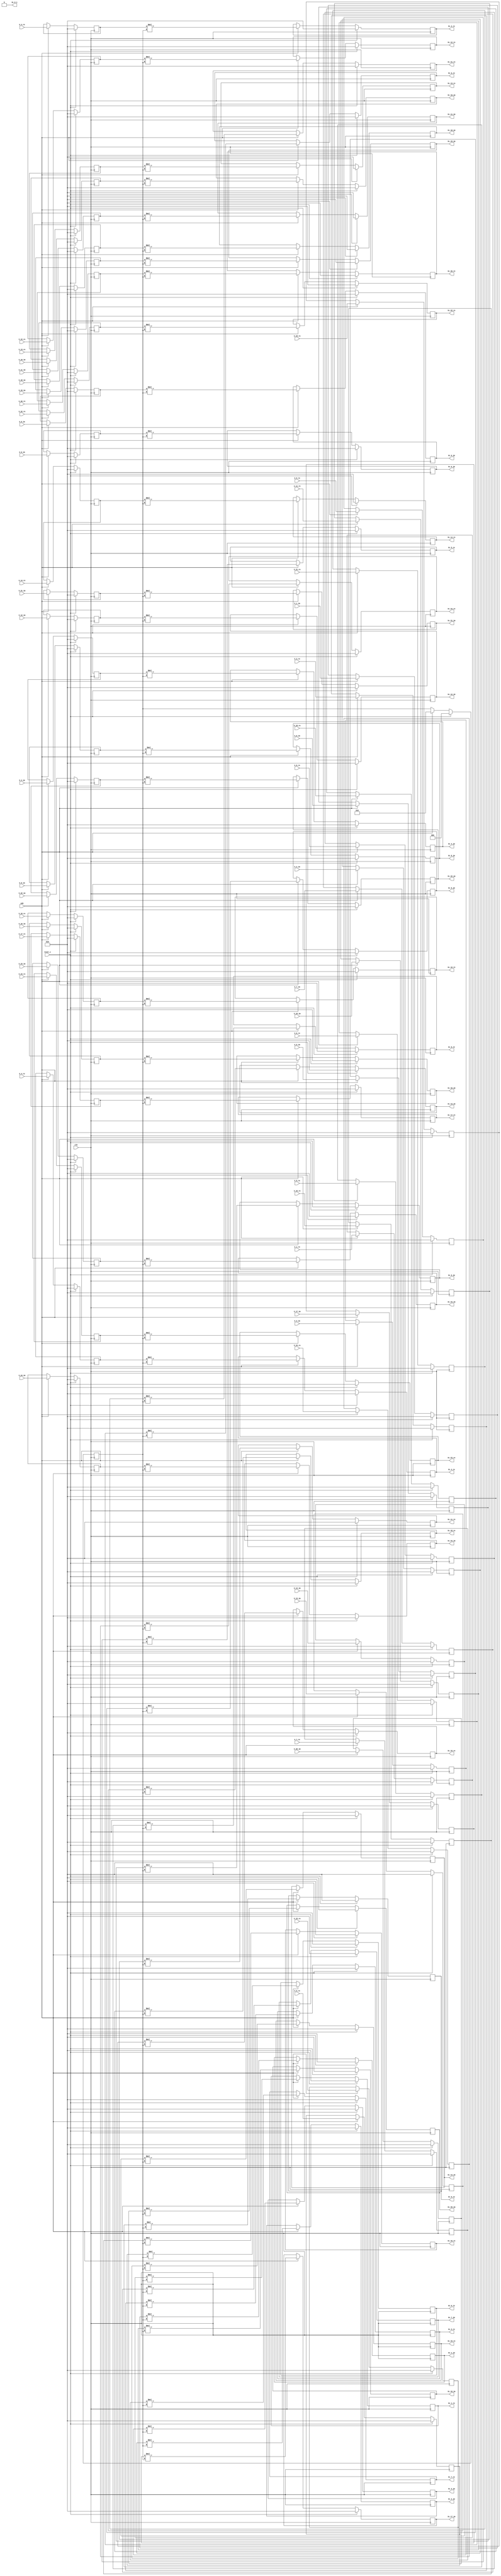
// -------------------------------------------------------------
// 
// 
// Generated by MATLAB 9.8 and HDL Coder 3.16
// 
// -------------------------------------------------------------


// -------------------------------------------------------------
// 
// Module: generating_analytical_spectrum
// Source Path: newhope_cambios/FDHT/generating_analytical_spectrum
// Hierarchy Level: 1
// 
// -------------------------------------------------------------

`timescale 1 ns / 1 ns

module generating_analytical_spectrum
          (clk,
           reset_x,
           enb,
           X_0_re,
           X_0_im,
           X_1_re,
           X_1_im,
           X_2_re,
           X_2_im,
           X_3_re,
           X_3_im,
           X_4_re,
           X_4_im,
           X_5_re,
           X_5_im,
           X_6_re,
           X_6_im,
           X_7_re,
           X_7_im,
           X_8_re,
           X_8_im,
           X_9_re,
           X_9_im,
           X_10_re,
           X_10_im,
           X_11_re,
           X_11_im,
           X_12_re,
           X_12_im,
           X_13_re,
           X_13_im,
           X_14_re,
           X_14_im,
           X_15_re,
           X_15_im,
           X_16_re,
           X_16_im,
           X_17_re,
           X_17_im,
           X_18_re,
           X_18_im,
           X_19_re,
           X_19_im,
           X_20_re,
           X_20_im,
           X_21_re,
           X_21_im,
           X_22_re,
           X_22_im,
           X_23_re,
           X_23_im,
           X_24_re,
           X_24_im,
           Xc_0_re,
           Xc_0_im,
           Xc_1_re,
           Xc_1_im,
           Xc_2_re,
           Xc_2_im,
           Xc_3_re,
           Xc_3_im,
           Xc_4_re,
           Xc_4_im,
           Xc_5_re,
           Xc_5_im,
           Xc_6_re,
           Xc_6_im,
           Xc_7_re,
           Xc_7_im,
           Xc_8_re,
           Xc_8_im,
           Xc_9_re,
           Xc_9_im,
           Xc_10_re,
           Xc_10_im,
           Xc_11_re,
           Xc_11_im,
           Xc_12_re,
           Xc_12_im,
           Xc_13_re,
           Xc_13_im,
           Xc_14_re,
           Xc_14_im,
           Xc_15_re,
           Xc_15_im,
           Xc_16_re,
           Xc_16_im,
           Xc_17_re,
           Xc_17_im,
           Xc_18_re,
           Xc_18_im,
           Xc_19_re,
           Xc_19_im,
           Xc_20_re,
           Xc_20_im,
           Xc_21_re,
           Xc_21_im,
           Xc_22_re,
           Xc_22_im,
           Xc_23_re,
           Xc_23_im,
           Xc_24_re,
           Xc_24_im,
           Xc_0_1);


  input   clk;
  input   reset_x;
  input   enb;
  input   signed [36:0] X_0_re;  // sfix37_En22
  input   signed [36:0] X_0_im;  // sfix37_En22
  input   signed [36:0] X_1_re;  // sfix37_En22
  input   signed [36:0] X_1_im;  // sfix37_En22
  input   signed [36:0] X_2_re;  // sfix37_En22
  input   signed [36:0] X_2_im;  // sfix37_En22
  input   signed [36:0] X_3_re;  // sfix37_En22
  input   signed [36:0] X_3_im;  // sfix37_En22
  input   signed [36:0] X_4_re;  // sfix37_En22
  input   signed [36:0] X_4_im;  // sfix37_En22
  input   signed [36:0] X_5_re;  // sfix37_En22
  input   signed [36:0] X_5_im;  // sfix37_En22
  input   signed [36:0] X_6_re;  // sfix37_En22
  input   signed [36:0] X_6_im;  // sfix37_En22
  input   signed [36:0] X_7_re;  // sfix37_En22
  input   signed [36:0] X_7_im;  // sfix37_En22
  input   signed [36:0] X_8_re;  // sfix37_En22
  input   signed [36:0] X_8_im;  // sfix37_En22
  input   signed [36:0] X_9_re;  // sfix37_En22
  input   signed [36:0] X_9_im;  // sfix37_En22
  input   signed [36:0] X_10_re;  // sfix37_En22
  input   signed [36:0] X_10_im;  // sfix37_En22
  input   signed [36:0] X_11_re;  // sfix37_En22
  input   signed [36:0] X_11_im;  // sfix37_En22
  input   signed [36:0] X_12_re;  // sfix37_En22
  input   signed [36:0] X_12_im;  // sfix37_En22
  input   signed [36:0] X_13_re;  // sfix37_En22
  input   signed [36:0] X_13_im;  // sfix37_En22
  input   signed [36:0] X_14_re;  // sfix37_En22
  input   signed [36:0] X_14_im;  // sfix37_En22
  input   signed [36:0] X_15_re;  // sfix37_En22
  input   signed [36:0] X_15_im;  // sfix37_En22
  input   signed [36:0] X_16_re;  // sfix37_En22
  input   signed [36:0] X_16_im;  // sfix37_En22
  input   signed [36:0] X_17_re;  // sfix37_En22
  input   signed [36:0] X_17_im;  // sfix37_En22
  input   signed [36:0] X_18_re;  // sfix37_En22
  input   signed [36:0] X_18_im;  // sfix37_En22
  input   signed [36:0] X_19_re;  // sfix37_En22
  input   signed [36:0] X_19_im;  // sfix37_En22
  input   signed [36:0] X_20_re;  // sfix37_En22
  input   signed [36:0] X_20_im;  // sfix37_En22
  input   signed [36:0] X_21_re;  // sfix37_En22
  input   signed [36:0] X_21_im;  // sfix37_En22
  input   signed [36:0] X_22_re;  // sfix37_En22
  input   signed [36:0] X_22_im;  // sfix37_En22
  input   signed [36:0] X_23_re;  // sfix37_En22
  input   signed [36:0] X_23_im;  // sfix37_En22
  input   signed [36:0] X_24_re;  // sfix37_En22
  input   signed [36:0] X_24_im;  // sfix37_En22
  output  signed [36:0] Xc_0_re;  // sfix37_En22
  output  signed [36:0] Xc_0_im;  // sfix37_En22
  output  signed [36:0] Xc_1_re;  // sfix37_En22
  output  signed [36:0] Xc_1_im;  // sfix37_En22
  output  signed [36:0] Xc_2_re;  // sfix37_En22
  output  signed [36:0] Xc_2_im;  // sfix37_En22
  output  signed [36:0] Xc_3_re;  // sfix37_En22
  output  signed [36:0] Xc_3_im;  // sfix37_En22
  output  signed [36:0] Xc_4_re;  // sfix37_En22
  output  signed [36:0] Xc_4_im;  // sfix37_En22
  output  signed [36:0] Xc_5_re;  // sfix37_En22
  output  signed [36:0] Xc_5_im;  // sfix37_En22
  output  signed [36:0] Xc_6_re;  // sfix37_En22
  output  signed [36:0] Xc_6_im;  // sfix37_En22
  output  signed [36:0] Xc_7_re;  // sfix37_En22
  output  signed [36:0] Xc_7_im;  // sfix37_En22
  output  signed [36:0] Xc_8_re;  // sfix37_En22
  output  signed [36:0] Xc_8_im;  // sfix37_En22
  output  signed [36:0] Xc_9_re;  // sfix37_En22
  output  signed [36:0] Xc_9_im;  // sfix37_En22
  output  signed [36:0] Xc_10_re;  // sfix37_En22
  output  signed [36:0] Xc_10_im;  // sfix37_En22
  output  signed [36:0] Xc_11_re;  // sfix37_En22
  output  signed [36:0] Xc_11_im;  // sfix37_En22
  output  signed [36:0] Xc_12_re;  // sfix37_En22
  output  signed [36:0] Xc_12_im;  // sfix37_En22
  output  signed [36:0] Xc_13_re;  // sfix37_En22
  output  signed [36:0] Xc_13_im;  // sfix37_En22
  output  signed [36:0] Xc_14_re;  // sfix37_En22
  output  signed [36:0] Xc_14_im;  // sfix37_En22
  output  signed [36:0] Xc_15_re;  // sfix37_En22
  output  signed [36:0] Xc_15_im;  // sfix37_En22
  output  signed [36:0] Xc_16_re;  // sfix37_En22
  output  signed [36:0] Xc_16_im;  // sfix37_En22
  output  signed [36:0] Xc_17_re;  // sfix37_En22
  output  signed [36:0] Xc_17_im;  // sfix37_En22
  output  signed [36:0] Xc_18_re;  // sfix37_En22
  output  signed [36:0] Xc_18_im;  // sfix37_En22
  output  signed [36:0] Xc_19_re;  // sfix37_En22
  output  signed [36:0] Xc_19_im;  // sfix37_En22
  output  signed [36:0] Xc_20_re;  // sfix37_En22
  output  signed [36:0] Xc_20_im;  // sfix37_En22
  output  signed [36:0] Xc_21_re;  // sfix37_En22
  output  signed [36:0] Xc_21_im;  // sfix37_En22
  output  signed [36:0] Xc_22_re;  // sfix37_En22
  output  signed [36:0] Xc_22_im;  // sfix37_En22
  output  signed [36:0] Xc_23_re;  // sfix37_En22
  output  signed [36:0] Xc_23_im;  // sfix37_En22
  output  signed [36:0] Xc_24_re;  // sfix37_En22
  output  signed [36:0] Xc_24_im;  // sfix37_En22
  output  Xc_0_1;  // ufix1


  reg signed [36:0] Product1_C2ReIm_C2ReIm_A;  // sfix37_En22
  wire signed [2:0] Constant1_out1;  // sfix3
  reg signed [2:0] Constant1_out1_1;  // sfix3
  wire signed [39:0] Product1_mul_temp;  // sfix40_En22
  wire signed [36:0] Product1_Re;  // sfix37_En22
  reg signed [36:0] Product1_Re_1;  // sfix37_En22
  reg signed [36:0] Product1_C2ReIm_C2ReIm_B;  // sfix37_En22
  wire signed [39:0] Product11_mul_temp;  // sfix40_En22
  wire signed [36:0] Product1_Im;  // sfix37_En22
  reg signed [36:0] Product1_Im_1;  // sfix37_En22
  reg signed [36:0] Product2_C2ReIm_C2ReIm_A;  // sfix37_En22
  wire signed [39:0] Product2_mul_temp;  // sfix40_En22
  wire signed [36:0] Product2_Re;  // sfix37_En22
  reg signed [36:0] Product2_Re_1;  // sfix37_En22
  reg signed [36:0] Product2_C2ReIm_C2ReIm_B;  // sfix37_En22
  wire signed [39:0] Product21_mul_temp;  // sfix40_En22
  wire signed [36:0] Product2_Im;  // sfix37_En22
  reg signed [36:0] Product2_Im_1;  // sfix37_En22
  reg signed [36:0] Product3_C2ReIm_C2ReIm_A;  // sfix37_En22
  wire signed [39:0] Product3_mul_temp;  // sfix40_En22
  wire signed [36:0] Product3_Re;  // sfix37_En22
  reg signed [36:0] Product3_Re_1;  // sfix37_En22
  reg signed [36:0] Product3_C2ReIm_C2ReIm_B;  // sfix37_En22
  wire signed [39:0] Product31_mul_temp;  // sfix40_En22
  wire signed [36:0] Product3_Im;  // sfix37_En22
  reg signed [36:0] Product3_Im_1;  // sfix37_En22
  reg signed [36:0] Product4_C2ReIm_C2ReIm_A;  // sfix37_En22
  wire signed [39:0] Product4_mul_temp;  // sfix40_En22
  wire signed [36:0] Product4_Re;  // sfix37_En22
  reg signed [36:0] Product4_Re_1;  // sfix37_En22
  reg signed [36:0] Product4_C2ReIm_C2ReIm_B;  // sfix37_En22
  wire signed [39:0] Product41_mul_temp;  // sfix40_En22
  wire signed [36:0] Product4_Im;  // sfix37_En22
  reg signed [36:0] Product4_Im_1;  // sfix37_En22
  reg signed [36:0] Product5_C2ReIm_C2ReIm_A;  // sfix37_En22
  wire signed [39:0] Product5_mul_temp;  // sfix40_En22
  wire signed [36:0] Product5_Re;  // sfix37_En22
  reg signed [36:0] Product5_Re_1;  // sfix37_En22
  reg signed [36:0] Product5_C2ReIm_C2ReIm_B;  // sfix37_En22
  wire signed [39:0] Product51_mul_temp;  // sfix40_En22
  wire signed [36:0] Product5_Im;  // sfix37_En22
  reg signed [36:0] Product5_Im_1;  // sfix37_En22
  reg signed [36:0] Product6_C2ReIm_C2ReIm_A;  // sfix37_En22
  wire signed [39:0] Product6_mul_temp;  // sfix40_En22
  wire signed [36:0] Product6_Re;  // sfix37_En22
  reg signed [36:0] Product6_Re_1;  // sfix37_En22
  reg signed [36:0] Product6_C2ReIm_C2ReIm_B;  // sfix37_En22
  wire signed [39:0] Product61_mul_temp;  // sfix40_En22
  wire signed [36:0] Product6_Im;  // sfix37_En22
  reg signed [36:0] Product6_Im_1;  // sfix37_En22
  reg signed [36:0] Product7_C2ReIm_C2ReIm_A;  // sfix37_En22
  wire signed [39:0] Product7_mul_temp;  // sfix40_En22
  wire signed [36:0] Product7_Re;  // sfix37_En22
  reg signed [36:0] Product7_Re_1;  // sfix37_En22
  reg signed [36:0] Product7_C2ReIm_C2ReIm_B;  // sfix37_En22
  wire signed [39:0] Product71_mul_temp;  // sfix40_En22
  wire signed [36:0] Product7_Im;  // sfix37_En22
  reg signed [36:0] Product7_Im_1;  // sfix37_En22
  reg signed [36:0] Product8_C2ReIm_C2ReIm_A;  // sfix37_En22
  wire signed [39:0] Product8_mul_temp;  // sfix40_En22
  wire signed [36:0] Product8_Re;  // sfix37_En22
  reg signed [36:0] Product8_Re_1;  // sfix37_En22
  reg signed [36:0] Product8_C2ReIm_C2ReIm_B;  // sfix37_En22
  wire signed [39:0] Product81_mul_temp;  // sfix40_En22
  wire signed [36:0] Product8_Im;  // sfix37_En22
  reg signed [36:0] Product8_Im_1;  // sfix37_En22
  reg signed [36:0] Product9_C2ReIm_C2ReIm_A;  // sfix37_En22
  wire signed [39:0] Product9_mul_temp;  // sfix40_En22
  wire signed [36:0] Product9_Re;  // sfix37_En22
  reg signed [36:0] Product9_Re_1;  // sfix37_En22
  reg signed [36:0] Product9_C2ReIm_C2ReIm_B;  // sfix37_En22
  wire signed [39:0] Product91_mul_temp;  // sfix40_En22
  wire signed [36:0] Product9_Im;  // sfix37_En22
  reg signed [36:0] Product9_Im_1;  // sfix37_En22
  reg signed [36:0] Product10_C2ReIm_C2ReIm_A;  // sfix37_En22
  wire signed [39:0] Product10_mul_temp;  // sfix40_En22
  wire signed [36:0] Product10_Re;  // sfix37_En22
  reg signed [36:0] Product10_Re_1;  // sfix37_En22
  reg signed [36:0] Product10_C2ReIm_C2ReIm_B;  // sfix37_En22
  wire signed [39:0] Product101_mul_temp;  // sfix40_En22
  wire signed [36:0] Product10_Im;  // sfix37_En22
  reg signed [36:0] Product10_Im_1;  // sfix37_En22
  reg signed [36:0] Product11_C2ReIm_C2ReIm_A;  // sfix37_En22
  wire signed [39:0] Product111_mul_temp;  // sfix40_En22
  wire signed [36:0] Product11_Re;  // sfix37_En22
  reg signed [36:0] Product11_Re_1;  // sfix37_En22
  reg signed [36:0] Product11_C2ReIm_C2ReIm_B;  // sfix37_En22
  wire signed [39:0] Product112_mul_temp;  // sfix40_En22
  wire signed [36:0] Product11_Im;  // sfix37_En22
  reg signed [36:0] Product11_Im_1;  // sfix37_En22
  reg signed [36:0] Product12_C2ReIm_C2ReIm_A;  // sfix37_En22
  wire signed [39:0] Product12_mul_temp;  // sfix40_En22
  wire signed [36:0] Product12_Re;  // sfix37_En22
  reg signed [36:0] Product12_Re_1;  // sfix37_En22
  reg signed [36:0] Product12_C2ReIm_C2ReIm_B;  // sfix37_En22
  wire signed [39:0] Product121_mul_temp;  // sfix40_En22
  wire signed [36:0] Product12_Im;  // sfix37_En22
  reg signed [36:0] Product12_Im_1;  // sfix37_En22
  reg signed [36:0] Product13_C2ReIm_C2ReIm_A;  // sfix37_En22
  wire signed [39:0] Product13_mul_temp;  // sfix40_En22
  wire signed [36:0] Product13_Re;  // sfix37_En22
  reg signed [36:0] Product13_Re_1;  // sfix37_En22
  reg signed [36:0] Product13_C2ReIm_C2ReIm_B;  // sfix37_En22
  wire signed [39:0] Product131_mul_temp;  // sfix40_En22
  wire signed [36:0] Product13_Im;  // sfix37_En22
  reg signed [36:0] Product13_Im_1;  // sfix37_En22
  reg signed [36:0] Product14_C2ReIm_C2ReIm_A;  // sfix37_En22
  wire signed [39:0] Product14_mul_temp;  // sfix40_En22
  wire signed [36:0] Product14_Re;  // sfix37_En22
  reg signed [36:0] Product14_Re_1;  // sfix37_En22
  reg signed [36:0] Product14_C2ReIm_C2ReIm_B;  // sfix37_En22
  wire signed [39:0] Product141_mul_temp;  // sfix40_En22
  wire signed [36:0] Product14_Im;  // sfix37_En22
  reg signed [36:0] Product14_Im_1;  // sfix37_En22
  reg signed [36:0] Product15_C2ReIm_C2ReIm_A;  // sfix37_En22
  wire signed [39:0] Product15_mul_temp;  // sfix40_En22
  wire signed [36:0] Product15_Re;  // sfix37_En22
  reg signed [36:0] Product15_Re_1;  // sfix37_En22
  reg signed [36:0] Product15_C2ReIm_C2ReIm_B;  // sfix37_En22
  wire signed [39:0] Product151_mul_temp;  // sfix40_En22
  wire signed [36:0] Product15_Im;  // sfix37_En22
  reg signed [36:0] Product15_Im_1;  // sfix37_En22
  reg signed [36:0] Product16_C2ReIm_C2ReIm_A;  // sfix37_En22
  wire signed [39:0] Product16_mul_temp;  // sfix40_En22
  wire signed [36:0] Product16_Re;  // sfix37_En22
  reg signed [36:0] Product16_Re_1;  // sfix37_En22
  reg signed [36:0] Product16_C2ReIm_C2ReIm_B;  // sfix37_En22
  wire signed [39:0] Product161_mul_temp;  // sfix40_En22
  wire signed [36:0] Product16_Im;  // sfix37_En22
  reg signed [36:0] Product16_Im_1;  // sfix37_En22
  reg signed [36:0] Product17_C2ReIm_C2ReIm_A;  // sfix37_En22
  wire signed [39:0] Product17_mul_temp;  // sfix40_En22
  wire signed [36:0] Product17_Re;  // sfix37_En22
  reg signed [36:0] Product17_Re_1;  // sfix37_En22
  reg signed [36:0] Product17_C2ReIm_C2ReIm_B;  // sfix37_En22
  wire signed [39:0] Product171_mul_temp;  // sfix40_En22
  wire signed [36:0] Product17_Im;  // sfix37_En22
  reg signed [36:0] Product17_Im_1;  // sfix37_En22
  reg signed [36:0] Product18_C2ReIm_C2ReIm_A;  // sfix37_En22
  wire signed [39:0] Product18_mul_temp;  // sfix40_En22
  wire signed [36:0] Product18_Re;  // sfix37_En22
  reg signed [36:0] Product18_Re_1;  // sfix37_En22
  reg signed [36:0] Product18_C2ReIm_C2ReIm_B;  // sfix37_En22
  wire signed [39:0] Product181_mul_temp;  // sfix40_En22
  wire signed [36:0] Product18_Im;  // sfix37_En22
  reg signed [36:0] Product18_Im_1;  // sfix37_En22
  reg signed [36:0] Product19_C2ReIm_C2ReIm_A;  // sfix37_En22
  wire signed [39:0] Product19_mul_temp;  // sfix40_En22
  wire signed [36:0] Product19_Re;  // sfix37_En22
  reg signed [36:0] Product19_Re_1;  // sfix37_En22
  reg signed [36:0] Product19_C2ReIm_C2ReIm_B;  // sfix37_En22
  wire signed [39:0] Product191_mul_temp;  // sfix40_En22
  wire signed [36:0] Product19_Im;  // sfix37_En22
  reg signed [36:0] Product19_Im_1;  // sfix37_En22
  reg signed [36:0] Product20_C2ReIm_C2ReIm_A;  // sfix37_En22
  wire signed [39:0] Product20_mul_temp;  // sfix40_En22
  wire signed [36:0] Product20_Re;  // sfix37_En22
  reg signed [36:0] Product20_Re_1;  // sfix37_En22
  reg signed [36:0] Product20_C2ReIm_C2ReIm_B;  // sfix37_En22
  wire signed [39:0] Product201_mul_temp;  // sfix40_En22
  wire signed [36:0] Product20_Im;  // sfix37_En22
  reg signed [36:0] Product20_Im_1;  // sfix37_En22
  reg signed [36:0] Product21_C2ReIm_C2ReIm_A;  // sfix37_En22
  wire signed [39:0] Product211_mul_temp;  // sfix40_En22
  wire signed [36:0] Product21_Re;  // sfix37_En22
  reg signed [36:0] Product21_Re_1;  // sfix37_En22
  reg signed [36:0] Product21_C2ReIm_C2ReIm_B;  // sfix37_En22
  wire signed [39:0] Product212_mul_temp;  // sfix40_En22
  wire signed [36:0] Product21_Im;  // sfix37_En22
  reg signed [36:0] Product21_Im_1;  // sfix37_En22
  reg signed [36:0] Product22_C2ReIm_C2ReIm_A;  // sfix37_En22
  wire signed [39:0] Product22_mul_temp;  // sfix40_En22
  wire signed [36:0] Product22_Re;  // sfix37_En22
  reg signed [36:0] Product22_Re_1;  // sfix37_En22
  reg signed [36:0] Product22_C2ReIm_C2ReIm_B;  // sfix37_En22
  wire signed [39:0] Product221_mul_temp;  // sfix40_En22
  wire signed [36:0] Product22_Im;  // sfix37_En22
  reg signed [36:0] Product22_Im_1;  // sfix37_En22
  reg signed [36:0] Product23_C2ReIm_C2ReIm_A;  // sfix37_En22
  wire signed [39:0] Product23_mul_temp;  // sfix40_En22
  wire signed [36:0] Product23_Re;  // sfix37_En22
  reg signed [36:0] Product23_Re_1;  // sfix37_En22
  reg signed [36:0] Product23_C2ReIm_C2ReIm_B;  // sfix37_En22
  wire signed [39:0] Product231_mul_temp;  // sfix40_En22
  wire signed [36:0] Product23_Im;  // sfix37_En22
  reg signed [36:0] Product23_Im_1;  // sfix37_En22
  reg signed [36:0] Product24_C2ReIm_C2ReIm_A;  // sfix37_En22
  wire signed [39:0] Product24_mul_temp;  // sfix40_En22
  wire signed [36:0] Product24_Re;  // sfix37_En22
  reg signed [36:0] Product24_Re_1;  // sfix37_En22
  reg signed [36:0] Product24_C2ReIm_C2ReIm_B;  // sfix37_En22
  wire signed [39:0] Product241_mul_temp;  // sfix40_En22
  wire signed [36:0] Product24_Im;  // sfix37_En22
  reg signed [36:0] Product24_Im_1;  // sfix37_En22
  reg signed [36:0] Product25_C2ReIm_C2ReIm_A;  // sfix37_En22
  wire signed [39:0] Product25_mul_temp;  // sfix40_En22
  wire signed [36:0] Product25_Re;  // sfix37_En22
  reg signed [36:0] Product25_Re_1;  // sfix37_En22
  reg signed [36:0] Product25_C2ReIm_C2ReIm_B;  // sfix37_En22
  wire signed [39:0] Product251_mul_temp;  // sfix40_En22
  wire signed [36:0] Product25_Im;  // sfix37_En22
  reg signed [36:0] Product25_Im_1;  // sfix37_En22
  wire Constant2_out1;  // ufix1


  always @(posedge clk)
    begin : HwModeRegister_process
      if (reset_x == 1'b1) begin
        Product1_C2ReIm_C2ReIm_A <= 37'sh0000000000;
      end
      else begin
        if (enb) begin
          Product1_C2ReIm_C2ReIm_A <= X_0_re;
        end
      end
    end



  assign Constant1_out1 = 3'sb010;



  always @(posedge clk)
    begin : reduced_process
      if (reset_x == 1'b1) begin
        Constant1_out1_1 <= 3'sb000;
      end
      else begin
        if (enb) begin
          Constant1_out1_1 <= Constant1_out1;
        end
      end
    end



  assign Product1_mul_temp = Product1_C2ReIm_C2ReIm_A * Constant1_out1_1;
  assign Product1_Re = Product1_mul_temp[36:0];



  always @(posedge clk)
    begin : PipelineRegister_process
      if (reset_x == 1'b1) begin
        Product1_Re_1 <= 37'sh0000000000;
      end
      else begin
        if (enb) begin
          Product1_Re_1 <= Product1_Re;
        end
      end
    end



  assign Xc_0_re = Product1_Re_1;

  always @(posedge clk)
    begin : HwModeRegister2_process
      if (reset_x == 1'b1) begin
        Product1_C2ReIm_C2ReIm_B <= 37'sh0000000000;
      end
      else begin
        if (enb) begin
          Product1_C2ReIm_C2ReIm_B <= X_0_im;
        end
      end
    end



  assign Product11_mul_temp = Product1_C2ReIm_C2ReIm_B * Constant1_out1_1;
  assign Product1_Im = Product11_mul_temp[36:0];



  always @(posedge clk)
    begin : PipelineRegister1_process
      if (reset_x == 1'b1) begin
        Product1_Im_1 <= 37'sh0000000000;
      end
      else begin
        if (enb) begin
          Product1_Im_1 <= Product1_Im;
        end
      end
    end



  assign Xc_0_im = Product1_Im_1;

  always @(posedge clk)
    begin : HwModeRegister44_process
      if (reset_x == 1'b1) begin
        Product2_C2ReIm_C2ReIm_A <= 37'sh0000000000;
      end
      else begin
        if (enb) begin
          Product2_C2ReIm_C2ReIm_A <= X_1_re;
        end
      end
    end



  assign Product2_mul_temp = Product2_C2ReIm_C2ReIm_A * Constant1_out1_1;
  assign Product2_Re = Product2_mul_temp[36:0];



  always @(posedge clk)
    begin : PipelineRegister22_process
      if (reset_x == 1'b1) begin
        Product2_Re_1 <= 37'sh0000000000;
      end
      else begin
        if (enb) begin
          Product2_Re_1 <= Product2_Re;
        end
      end
    end



  assign Xc_1_re = Product2_Re_1;

  always @(posedge clk)
    begin : HwModeRegister46_process
      if (reset_x == 1'b1) begin
        Product2_C2ReIm_C2ReIm_B <= 37'sh0000000000;
      end
      else begin
        if (enb) begin
          Product2_C2ReIm_C2ReIm_B <= X_1_im;
        end
      end
    end



  assign Product21_mul_temp = Product2_C2ReIm_C2ReIm_B * Constant1_out1_1;
  assign Product2_Im = Product21_mul_temp[36:0];



  always @(posedge clk)
    begin : PipelineRegister23_process
      if (reset_x == 1'b1) begin
        Product2_Im_1 <= 37'sh0000000000;
      end
      else begin
        if (enb) begin
          Product2_Im_1 <= Product2_Im;
        end
      end
    end



  assign Xc_1_im = Product2_Im_1;

  always @(posedge clk)
    begin : HwModeRegister72_process
      if (reset_x == 1'b1) begin
        Product3_C2ReIm_C2ReIm_A <= 37'sh0000000000;
      end
      else begin
        if (enb) begin
          Product3_C2ReIm_C2ReIm_A <= X_2_re;
        end
      end
    end



  assign Product3_mul_temp = Product3_C2ReIm_C2ReIm_A * Constant1_out1_1;
  assign Product3_Re = Product3_mul_temp[36:0];



  always @(posedge clk)
    begin : PipelineRegister36_process
      if (reset_x == 1'b1) begin
        Product3_Re_1 <= 37'sh0000000000;
      end
      else begin
        if (enb) begin
          Product3_Re_1 <= Product3_Re;
        end
      end
    end



  assign Xc_2_re = Product3_Re_1;

  always @(posedge clk)
    begin : HwModeRegister74_process
      if (reset_x == 1'b1) begin
        Product3_C2ReIm_C2ReIm_B <= 37'sh0000000000;
      end
      else begin
        if (enb) begin
          Product3_C2ReIm_C2ReIm_B <= X_2_im;
        end
      end
    end



  assign Product31_mul_temp = Product3_C2ReIm_C2ReIm_B * Constant1_out1_1;
  assign Product3_Im = Product31_mul_temp[36:0];



  always @(posedge clk)
    begin : PipelineRegister37_process
      if (reset_x == 1'b1) begin
        Product3_Im_1 <= 37'sh0000000000;
      end
      else begin
        if (enb) begin
          Product3_Im_1 <= Product3_Im;
        end
      end
    end



  assign Xc_2_im = Product3_Im_1;

  always @(posedge clk)
    begin : HwModeRegister76_process
      if (reset_x == 1'b1) begin
        Product4_C2ReIm_C2ReIm_A <= 37'sh0000000000;
      end
      else begin
        if (enb) begin
          Product4_C2ReIm_C2ReIm_A <= X_3_re;
        end
      end
    end



  assign Product4_mul_temp = Product4_C2ReIm_C2ReIm_A * Constant1_out1_1;
  assign Product4_Re = Product4_mul_temp[36:0];



  always @(posedge clk)
    begin : PipelineRegister38_process
      if (reset_x == 1'b1) begin
        Product4_Re_1 <= 37'sh0000000000;
      end
      else begin
        if (enb) begin
          Product4_Re_1 <= Product4_Re;
        end
      end
    end



  assign Xc_3_re = Product4_Re_1;

  always @(posedge clk)
    begin : HwModeRegister78_process
      if (reset_x == 1'b1) begin
        Product4_C2ReIm_C2ReIm_B <= 37'sh0000000000;
      end
      else begin
        if (enb) begin
          Product4_C2ReIm_C2ReIm_B <= X_3_im;
        end
      end
    end



  assign Product41_mul_temp = Product4_C2ReIm_C2ReIm_B * Constant1_out1_1;
  assign Product4_Im = Product41_mul_temp[36:0];



  always @(posedge clk)
    begin : PipelineRegister39_process
      if (reset_x == 1'b1) begin
        Product4_Im_1 <= 37'sh0000000000;
      end
      else begin
        if (enb) begin
          Product4_Im_1 <= Product4_Im;
        end
      end
    end



  assign Xc_3_im = Product4_Im_1;

  always @(posedge clk)
    begin : HwModeRegister80_process
      if (reset_x == 1'b1) begin
        Product5_C2ReIm_C2ReIm_A <= 37'sh0000000000;
      end
      else begin
        if (enb) begin
          Product5_C2ReIm_C2ReIm_A <= X_4_re;
        end
      end
    end



  assign Product5_mul_temp = Product5_C2ReIm_C2ReIm_A * Constant1_out1_1;
  assign Product5_Re = Product5_mul_temp[36:0];



  always @(posedge clk)
    begin : PipelineRegister40_process
      if (reset_x == 1'b1) begin
        Product5_Re_1 <= 37'sh0000000000;
      end
      else begin
        if (enb) begin
          Product5_Re_1 <= Product5_Re;
        end
      end
    end



  assign Xc_4_re = Product5_Re_1;

  always @(posedge clk)
    begin : HwModeRegister82_process
      if (reset_x == 1'b1) begin
        Product5_C2ReIm_C2ReIm_B <= 37'sh0000000000;
      end
      else begin
        if (enb) begin
          Product5_C2ReIm_C2ReIm_B <= X_4_im;
        end
      end
    end



  assign Product51_mul_temp = Product5_C2ReIm_C2ReIm_B * Constant1_out1_1;
  assign Product5_Im = Product51_mul_temp[36:0];



  always @(posedge clk)
    begin : PipelineRegister41_process
      if (reset_x == 1'b1) begin
        Product5_Im_1 <= 37'sh0000000000;
      end
      else begin
        if (enb) begin
          Product5_Im_1 <= Product5_Im;
        end
      end
    end



  assign Xc_4_im = Product5_Im_1;

  always @(posedge clk)
    begin : HwModeRegister84_process
      if (reset_x == 1'b1) begin
        Product6_C2ReIm_C2ReIm_A <= 37'sh0000000000;
      end
      else begin
        if (enb) begin
          Product6_C2ReIm_C2ReIm_A <= X_5_re;
        end
      end
    end



  assign Product6_mul_temp = Product6_C2ReIm_C2ReIm_A * Constant1_out1_1;
  assign Product6_Re = Product6_mul_temp[36:0];



  always @(posedge clk)
    begin : PipelineRegister42_process
      if (reset_x == 1'b1) begin
        Product6_Re_1 <= 37'sh0000000000;
      end
      else begin
        if (enb) begin
          Product6_Re_1 <= Product6_Re;
        end
      end
    end



  assign Xc_5_re = Product6_Re_1;

  always @(posedge clk)
    begin : HwModeRegister86_process
      if (reset_x == 1'b1) begin
        Product6_C2ReIm_C2ReIm_B <= 37'sh0000000000;
      end
      else begin
        if (enb) begin
          Product6_C2ReIm_C2ReIm_B <= X_5_im;
        end
      end
    end



  assign Product61_mul_temp = Product6_C2ReIm_C2ReIm_B * Constant1_out1_1;
  assign Product6_Im = Product61_mul_temp[36:0];



  always @(posedge clk)
    begin : PipelineRegister43_process
      if (reset_x == 1'b1) begin
        Product6_Im_1 <= 37'sh0000000000;
      end
      else begin
        if (enb) begin
          Product6_Im_1 <= Product6_Im;
        end
      end
    end



  assign Xc_5_im = Product6_Im_1;

  always @(posedge clk)
    begin : HwModeRegister88_process
      if (reset_x == 1'b1) begin
        Product7_C2ReIm_C2ReIm_A <= 37'sh0000000000;
      end
      else begin
        if (enb) begin
          Product7_C2ReIm_C2ReIm_A <= X_6_re;
        end
      end
    end



  assign Product7_mul_temp = Product7_C2ReIm_C2ReIm_A * Constant1_out1_1;
  assign Product7_Re = Product7_mul_temp[36:0];



  always @(posedge clk)
    begin : PipelineRegister44_process
      if (reset_x == 1'b1) begin
        Product7_Re_1 <= 37'sh0000000000;
      end
      else begin
        if (enb) begin
          Product7_Re_1 <= Product7_Re;
        end
      end
    end



  assign Xc_6_re = Product7_Re_1;

  always @(posedge clk)
    begin : HwModeRegister90_process
      if (reset_x == 1'b1) begin
        Product7_C2ReIm_C2ReIm_B <= 37'sh0000000000;
      end
      else begin
        if (enb) begin
          Product7_C2ReIm_C2ReIm_B <= X_6_im;
        end
      end
    end



  assign Product71_mul_temp = Product7_C2ReIm_C2ReIm_B * Constant1_out1_1;
  assign Product7_Im = Product71_mul_temp[36:0];



  always @(posedge clk)
    begin : PipelineRegister45_process
      if (reset_x == 1'b1) begin
        Product7_Im_1 <= 37'sh0000000000;
      end
      else begin
        if (enb) begin
          Product7_Im_1 <= Product7_Im;
        end
      end
    end



  assign Xc_6_im = Product7_Im_1;

  always @(posedge clk)
    begin : HwModeRegister92_process
      if (reset_x == 1'b1) begin
        Product8_C2ReIm_C2ReIm_A <= 37'sh0000000000;
      end
      else begin
        if (enb) begin
          Product8_C2ReIm_C2ReIm_A <= X_7_re;
        end
      end
    end



  assign Product8_mul_temp = Product8_C2ReIm_C2ReIm_A * Constant1_out1_1;
  assign Product8_Re = Product8_mul_temp[36:0];



  always @(posedge clk)
    begin : PipelineRegister46_process
      if (reset_x == 1'b1) begin
        Product8_Re_1 <= 37'sh0000000000;
      end
      else begin
        if (enb) begin
          Product8_Re_1 <= Product8_Re;
        end
      end
    end



  assign Xc_7_re = Product8_Re_1;

  always @(posedge clk)
    begin : HwModeRegister94_process
      if (reset_x == 1'b1) begin
        Product8_C2ReIm_C2ReIm_B <= 37'sh0000000000;
      end
      else begin
        if (enb) begin
          Product8_C2ReIm_C2ReIm_B <= X_7_im;
        end
      end
    end



  assign Product81_mul_temp = Product8_C2ReIm_C2ReIm_B * Constant1_out1_1;
  assign Product8_Im = Product81_mul_temp[36:0];



  always @(posedge clk)
    begin : PipelineRegister47_process
      if (reset_x == 1'b1) begin
        Product8_Im_1 <= 37'sh0000000000;
      end
      else begin
        if (enb) begin
          Product8_Im_1 <= Product8_Im;
        end
      end
    end



  assign Xc_7_im = Product8_Im_1;

  always @(posedge clk)
    begin : HwModeRegister96_process
      if (reset_x == 1'b1) begin
        Product9_C2ReIm_C2ReIm_A <= 37'sh0000000000;
      end
      else begin
        if (enb) begin
          Product9_C2ReIm_C2ReIm_A <= X_8_re;
        end
      end
    end



  assign Product9_mul_temp = Product9_C2ReIm_C2ReIm_A * Constant1_out1_1;
  assign Product9_Re = Product9_mul_temp[36:0];



  always @(posedge clk)
    begin : PipelineRegister48_process
      if (reset_x == 1'b1) begin
        Product9_Re_1 <= 37'sh0000000000;
      end
      else begin
        if (enb) begin
          Product9_Re_1 <= Product9_Re;
        end
      end
    end



  assign Xc_8_re = Product9_Re_1;

  always @(posedge clk)
    begin : HwModeRegister98_process
      if (reset_x == 1'b1) begin
        Product9_C2ReIm_C2ReIm_B <= 37'sh0000000000;
      end
      else begin
        if (enb) begin
          Product9_C2ReIm_C2ReIm_B <= X_8_im;
        end
      end
    end



  assign Product91_mul_temp = Product9_C2ReIm_C2ReIm_B * Constant1_out1_1;
  assign Product9_Im = Product91_mul_temp[36:0];



  always @(posedge clk)
    begin : PipelineRegister49_process
      if (reset_x == 1'b1) begin
        Product9_Im_1 <= 37'sh0000000000;
      end
      else begin
        if (enb) begin
          Product9_Im_1 <= Product9_Im;
        end
      end
    end



  assign Xc_8_im = Product9_Im_1;

  always @(posedge clk)
    begin : HwModeRegister4_process
      if (reset_x == 1'b1) begin
        Product10_C2ReIm_C2ReIm_A <= 37'sh0000000000;
      end
      else begin
        if (enb) begin
          Product10_C2ReIm_C2ReIm_A <= X_9_re;
        end
      end
    end



  assign Product10_mul_temp = Product10_C2ReIm_C2ReIm_A * Constant1_out1_1;
  assign Product10_Re = Product10_mul_temp[36:0];



  always @(posedge clk)
    begin : PipelineRegister2_process
      if (reset_x == 1'b1) begin
        Product10_Re_1 <= 37'sh0000000000;
      end
      else begin
        if (enb) begin
          Product10_Re_1 <= Product10_Re;
        end
      end
    end



  assign Xc_9_re = Product10_Re_1;

  always @(posedge clk)
    begin : HwModeRegister6_process
      if (reset_x == 1'b1) begin
        Product10_C2ReIm_C2ReIm_B <= 37'sh0000000000;
      end
      else begin
        if (enb) begin
          Product10_C2ReIm_C2ReIm_B <= X_9_im;
        end
      end
    end



  assign Product101_mul_temp = Product10_C2ReIm_C2ReIm_B * Constant1_out1_1;
  assign Product10_Im = Product101_mul_temp[36:0];



  always @(posedge clk)
    begin : PipelineRegister3_process
      if (reset_x == 1'b1) begin
        Product10_Im_1 <= 37'sh0000000000;
      end
      else begin
        if (enb) begin
          Product10_Im_1 <= Product10_Im;
        end
      end
    end



  assign Xc_9_im = Product10_Im_1;

  always @(posedge clk)
    begin : HwModeRegister8_process
      if (reset_x == 1'b1) begin
        Product11_C2ReIm_C2ReIm_A <= 37'sh0000000000;
      end
      else begin
        if (enb) begin
          Product11_C2ReIm_C2ReIm_A <= X_10_re;
        end
      end
    end



  assign Product111_mul_temp = Product11_C2ReIm_C2ReIm_A * Constant1_out1_1;
  assign Product11_Re = Product111_mul_temp[36:0];



  always @(posedge clk)
    begin : PipelineRegister4_process
      if (reset_x == 1'b1) begin
        Product11_Re_1 <= 37'sh0000000000;
      end
      else begin
        if (enb) begin
          Product11_Re_1 <= Product11_Re;
        end
      end
    end



  assign Xc_10_re = Product11_Re_1;

  always @(posedge clk)
    begin : HwModeRegister10_process
      if (reset_x == 1'b1) begin
        Product11_C2ReIm_C2ReIm_B <= 37'sh0000000000;
      end
      else begin
        if (enb) begin
          Product11_C2ReIm_C2ReIm_B <= X_10_im;
        end
      end
    end



  assign Product112_mul_temp = Product11_C2ReIm_C2ReIm_B * Constant1_out1_1;
  assign Product11_Im = Product112_mul_temp[36:0];



  always @(posedge clk)
    begin : PipelineRegister5_process
      if (reset_x == 1'b1) begin
        Product11_Im_1 <= 37'sh0000000000;
      end
      else begin
        if (enb) begin
          Product11_Im_1 <= Product11_Im;
        end
      end
    end



  assign Xc_10_im = Product11_Im_1;

  always @(posedge clk)
    begin : HwModeRegister12_process
      if (reset_x == 1'b1) begin
        Product12_C2ReIm_C2ReIm_A <= 37'sh0000000000;
      end
      else begin
        if (enb) begin
          Product12_C2ReIm_C2ReIm_A <= X_11_re;
        end
      end
    end



  assign Product12_mul_temp = Product12_C2ReIm_C2ReIm_A * Constant1_out1_1;
  assign Product12_Re = Product12_mul_temp[36:0];



  always @(posedge clk)
    begin : PipelineRegister6_process
      if (reset_x == 1'b1) begin
        Product12_Re_1 <= 37'sh0000000000;
      end
      else begin
        if (enb) begin
          Product12_Re_1 <= Product12_Re;
        end
      end
    end



  assign Xc_11_re = Product12_Re_1;

  always @(posedge clk)
    begin : HwModeRegister14_process
      if (reset_x == 1'b1) begin
        Product12_C2ReIm_C2ReIm_B <= 37'sh0000000000;
      end
      else begin
        if (enb) begin
          Product12_C2ReIm_C2ReIm_B <= X_11_im;
        end
      end
    end



  assign Product121_mul_temp = Product12_C2ReIm_C2ReIm_B * Constant1_out1_1;
  assign Product12_Im = Product121_mul_temp[36:0];



  always @(posedge clk)
    begin : PipelineRegister7_process
      if (reset_x == 1'b1) begin
        Product12_Im_1 <= 37'sh0000000000;
      end
      else begin
        if (enb) begin
          Product12_Im_1 <= Product12_Im;
        end
      end
    end



  assign Xc_11_im = Product12_Im_1;

  always @(posedge clk)
    begin : HwModeRegister16_process
      if (reset_x == 1'b1) begin
        Product13_C2ReIm_C2ReIm_A <= 37'sh0000000000;
      end
      else begin
        if (enb) begin
          Product13_C2ReIm_C2ReIm_A <= X_12_re;
        end
      end
    end



  assign Product13_mul_temp = Product13_C2ReIm_C2ReIm_A * Constant1_out1_1;
  assign Product13_Re = Product13_mul_temp[36:0];



  always @(posedge clk)
    begin : PipelineRegister8_process
      if (reset_x == 1'b1) begin
        Product13_Re_1 <= 37'sh0000000000;
      end
      else begin
        if (enb) begin
          Product13_Re_1 <= Product13_Re;
        end
      end
    end



  assign Xc_12_re = Product13_Re_1;

  always @(posedge clk)
    begin : HwModeRegister18_process
      if (reset_x == 1'b1) begin
        Product13_C2ReIm_C2ReIm_B <= 37'sh0000000000;
      end
      else begin
        if (enb) begin
          Product13_C2ReIm_C2ReIm_B <= X_12_im;
        end
      end
    end



  assign Product131_mul_temp = Product13_C2ReIm_C2ReIm_B * Constant1_out1_1;
  assign Product13_Im = Product131_mul_temp[36:0];



  always @(posedge clk)
    begin : PipelineRegister9_process
      if (reset_x == 1'b1) begin
        Product13_Im_1 <= 37'sh0000000000;
      end
      else begin
        if (enb) begin
          Product13_Im_1 <= Product13_Im;
        end
      end
    end



  assign Xc_12_im = Product13_Im_1;

  always @(posedge clk)
    begin : HwModeRegister20_process
      if (reset_x == 1'b1) begin
        Product14_C2ReIm_C2ReIm_A <= 37'sh0000000000;
      end
      else begin
        if (enb) begin
          Product14_C2ReIm_C2ReIm_A <= X_13_re;
        end
      end
    end



  assign Product14_mul_temp = Product14_C2ReIm_C2ReIm_A * Constant1_out1_1;
  assign Product14_Re = Product14_mul_temp[36:0];



  always @(posedge clk)
    begin : PipelineRegister10_process
      if (reset_x == 1'b1) begin
        Product14_Re_1 <= 37'sh0000000000;
      end
      else begin
        if (enb) begin
          Product14_Re_1 <= Product14_Re;
        end
      end
    end



  assign Xc_13_re = Product14_Re_1;

  always @(posedge clk)
    begin : HwModeRegister22_process
      if (reset_x == 1'b1) begin
        Product14_C2ReIm_C2ReIm_B <= 37'sh0000000000;
      end
      else begin
        if (enb) begin
          Product14_C2ReIm_C2ReIm_B <= X_13_im;
        end
      end
    end



  assign Product141_mul_temp = Product14_C2ReIm_C2ReIm_B * Constant1_out1_1;
  assign Product14_Im = Product141_mul_temp[36:0];



  always @(posedge clk)
    begin : PipelineRegister11_process
      if (reset_x == 1'b1) begin
        Product14_Im_1 <= 37'sh0000000000;
      end
      else begin
        if (enb) begin
          Product14_Im_1 <= Product14_Im;
        end
      end
    end



  assign Xc_13_im = Product14_Im_1;

  always @(posedge clk)
    begin : HwModeRegister24_process
      if (reset_x == 1'b1) begin
        Product15_C2ReIm_C2ReIm_A <= 37'sh0000000000;
      end
      else begin
        if (enb) begin
          Product15_C2ReIm_C2ReIm_A <= X_14_re;
        end
      end
    end



  assign Product15_mul_temp = Product15_C2ReIm_C2ReIm_A * Constant1_out1_1;
  assign Product15_Re = Product15_mul_temp[36:0];



  always @(posedge clk)
    begin : PipelineRegister12_process
      if (reset_x == 1'b1) begin
        Product15_Re_1 <= 37'sh0000000000;
      end
      else begin
        if (enb) begin
          Product15_Re_1 <= Product15_Re;
        end
      end
    end



  assign Xc_14_re = Product15_Re_1;

  always @(posedge clk)
    begin : HwModeRegister26_process
      if (reset_x == 1'b1) begin
        Product15_C2ReIm_C2ReIm_B <= 37'sh0000000000;
      end
      else begin
        if (enb) begin
          Product15_C2ReIm_C2ReIm_B <= X_14_im;
        end
      end
    end



  assign Product151_mul_temp = Product15_C2ReIm_C2ReIm_B * Constant1_out1_1;
  assign Product15_Im = Product151_mul_temp[36:0];



  always @(posedge clk)
    begin : PipelineRegister13_process
      if (reset_x == 1'b1) begin
        Product15_Im_1 <= 37'sh0000000000;
      end
      else begin
        if (enb) begin
          Product15_Im_1 <= Product15_Im;
        end
      end
    end



  assign Xc_14_im = Product15_Im_1;

  always @(posedge clk)
    begin : HwModeRegister28_process
      if (reset_x == 1'b1) begin
        Product16_C2ReIm_C2ReIm_A <= 37'sh0000000000;
      end
      else begin
        if (enb) begin
          Product16_C2ReIm_C2ReIm_A <= X_15_re;
        end
      end
    end



  assign Product16_mul_temp = Product16_C2ReIm_C2ReIm_A * Constant1_out1_1;
  assign Product16_Re = Product16_mul_temp[36:0];



  always @(posedge clk)
    begin : PipelineRegister14_process
      if (reset_x == 1'b1) begin
        Product16_Re_1 <= 37'sh0000000000;
      end
      else begin
        if (enb) begin
          Product16_Re_1 <= Product16_Re;
        end
      end
    end



  assign Xc_15_re = Product16_Re_1;

  always @(posedge clk)
    begin : HwModeRegister30_process
      if (reset_x == 1'b1) begin
        Product16_C2ReIm_C2ReIm_B <= 37'sh0000000000;
      end
      else begin
        if (enb) begin
          Product16_C2ReIm_C2ReIm_B <= X_15_im;
        end
      end
    end



  assign Product161_mul_temp = Product16_C2ReIm_C2ReIm_B * Constant1_out1_1;
  assign Product16_Im = Product161_mul_temp[36:0];



  always @(posedge clk)
    begin : PipelineRegister15_process
      if (reset_x == 1'b1) begin
        Product16_Im_1 <= 37'sh0000000000;
      end
      else begin
        if (enb) begin
          Product16_Im_1 <= Product16_Im;
        end
      end
    end



  assign Xc_15_im = Product16_Im_1;

  always @(posedge clk)
    begin : HwModeRegister32_process
      if (reset_x == 1'b1) begin
        Product17_C2ReIm_C2ReIm_A <= 37'sh0000000000;
      end
      else begin
        if (enb) begin
          Product17_C2ReIm_C2ReIm_A <= X_16_re;
        end
      end
    end



  assign Product17_mul_temp = Product17_C2ReIm_C2ReIm_A * Constant1_out1_1;
  assign Product17_Re = Product17_mul_temp[36:0];



  always @(posedge clk)
    begin : PipelineRegister16_process
      if (reset_x == 1'b1) begin
        Product17_Re_1 <= 37'sh0000000000;
      end
      else begin
        if (enb) begin
          Product17_Re_1 <= Product17_Re;
        end
      end
    end



  assign Xc_16_re = Product17_Re_1;

  always @(posedge clk)
    begin : HwModeRegister34_process
      if (reset_x == 1'b1) begin
        Product17_C2ReIm_C2ReIm_B <= 37'sh0000000000;
      end
      else begin
        if (enb) begin
          Product17_C2ReIm_C2ReIm_B <= X_16_im;
        end
      end
    end



  assign Product171_mul_temp = Product17_C2ReIm_C2ReIm_B * Constant1_out1_1;
  assign Product17_Im = Product171_mul_temp[36:0];



  always @(posedge clk)
    begin : PipelineRegister17_process
      if (reset_x == 1'b1) begin
        Product17_Im_1 <= 37'sh0000000000;
      end
      else begin
        if (enb) begin
          Product17_Im_1 <= Product17_Im;
        end
      end
    end



  assign Xc_16_im = Product17_Im_1;

  always @(posedge clk)
    begin : HwModeRegister36_process
      if (reset_x == 1'b1) begin
        Product18_C2ReIm_C2ReIm_A <= 37'sh0000000000;
      end
      else begin
        if (enb) begin
          Product18_C2ReIm_C2ReIm_A <= X_17_re;
        end
      end
    end



  assign Product18_mul_temp = Product18_C2ReIm_C2ReIm_A * Constant1_out1_1;
  assign Product18_Re = Product18_mul_temp[36:0];



  always @(posedge clk)
    begin : PipelineRegister18_process
      if (reset_x == 1'b1) begin
        Product18_Re_1 <= 37'sh0000000000;
      end
      else begin
        if (enb) begin
          Product18_Re_1 <= Product18_Re;
        end
      end
    end



  assign Xc_17_re = Product18_Re_1;

  always @(posedge clk)
    begin : HwModeRegister38_process
      if (reset_x == 1'b1) begin
        Product18_C2ReIm_C2ReIm_B <= 37'sh0000000000;
      end
      else begin
        if (enb) begin
          Product18_C2ReIm_C2ReIm_B <= X_17_im;
        end
      end
    end



  assign Product181_mul_temp = Product18_C2ReIm_C2ReIm_B * Constant1_out1_1;
  assign Product18_Im = Product181_mul_temp[36:0];



  always @(posedge clk)
    begin : PipelineRegister19_process
      if (reset_x == 1'b1) begin
        Product18_Im_1 <= 37'sh0000000000;
      end
      else begin
        if (enb) begin
          Product18_Im_1 <= Product18_Im;
        end
      end
    end



  assign Xc_17_im = Product18_Im_1;

  always @(posedge clk)
    begin : HwModeRegister40_process
      if (reset_x == 1'b1) begin
        Product19_C2ReIm_C2ReIm_A <= 37'sh0000000000;
      end
      else begin
        if (enb) begin
          Product19_C2ReIm_C2ReIm_A <= X_18_re;
        end
      end
    end



  assign Product19_mul_temp = Product19_C2ReIm_C2ReIm_A * Constant1_out1_1;
  assign Product19_Re = Product19_mul_temp[36:0];



  always @(posedge clk)
    begin : PipelineRegister20_process
      if (reset_x == 1'b1) begin
        Product19_Re_1 <= 37'sh0000000000;
      end
      else begin
        if (enb) begin
          Product19_Re_1 <= Product19_Re;
        end
      end
    end



  assign Xc_18_re = Product19_Re_1;

  always @(posedge clk)
    begin : HwModeRegister42_process
      if (reset_x == 1'b1) begin
        Product19_C2ReIm_C2ReIm_B <= 37'sh0000000000;
      end
      else begin
        if (enb) begin
          Product19_C2ReIm_C2ReIm_B <= X_18_im;
        end
      end
    end



  assign Product191_mul_temp = Product19_C2ReIm_C2ReIm_B * Constant1_out1_1;
  assign Product19_Im = Product191_mul_temp[36:0];



  always @(posedge clk)
    begin : PipelineRegister21_process
      if (reset_x == 1'b1) begin
        Product19_Im_1 <= 37'sh0000000000;
      end
      else begin
        if (enb) begin
          Product19_Im_1 <= Product19_Im;
        end
      end
    end



  assign Xc_18_im = Product19_Im_1;

  always @(posedge clk)
    begin : HwModeRegister48_process
      if (reset_x == 1'b1) begin
        Product20_C2ReIm_C2ReIm_A <= 37'sh0000000000;
      end
      else begin
        if (enb) begin
          Product20_C2ReIm_C2ReIm_A <= X_19_re;
        end
      end
    end



  assign Product20_mul_temp = Product20_C2ReIm_C2ReIm_A * Constant1_out1_1;
  assign Product20_Re = Product20_mul_temp[36:0];



  always @(posedge clk)
    begin : PipelineRegister24_process
      if (reset_x == 1'b1) begin
        Product20_Re_1 <= 37'sh0000000000;
      end
      else begin
        if (enb) begin
          Product20_Re_1 <= Product20_Re;
        end
      end
    end



  assign Xc_19_re = Product20_Re_1;

  always @(posedge clk)
    begin : HwModeRegister50_process
      if (reset_x == 1'b1) begin
        Product20_C2ReIm_C2ReIm_B <= 37'sh0000000000;
      end
      else begin
        if (enb) begin
          Product20_C2ReIm_C2ReIm_B <= X_19_im;
        end
      end
    end



  assign Product201_mul_temp = Product20_C2ReIm_C2ReIm_B * Constant1_out1_1;
  assign Product20_Im = Product201_mul_temp[36:0];



  always @(posedge clk)
    begin : PipelineRegister25_process
      if (reset_x == 1'b1) begin
        Product20_Im_1 <= 37'sh0000000000;
      end
      else begin
        if (enb) begin
          Product20_Im_1 <= Product20_Im;
        end
      end
    end



  assign Xc_19_im = Product20_Im_1;

  always @(posedge clk)
    begin : HwModeRegister52_process
      if (reset_x == 1'b1) begin
        Product21_C2ReIm_C2ReIm_A <= 37'sh0000000000;
      end
      else begin
        if (enb) begin
          Product21_C2ReIm_C2ReIm_A <= X_20_re;
        end
      end
    end



  assign Product211_mul_temp = Product21_C2ReIm_C2ReIm_A * Constant1_out1_1;
  assign Product21_Re = Product211_mul_temp[36:0];



  always @(posedge clk)
    begin : PipelineRegister26_process
      if (reset_x == 1'b1) begin
        Product21_Re_1 <= 37'sh0000000000;
      end
      else begin
        if (enb) begin
          Product21_Re_1 <= Product21_Re;
        end
      end
    end



  assign Xc_20_re = Product21_Re_1;

  always @(posedge clk)
    begin : HwModeRegister54_process
      if (reset_x == 1'b1) begin
        Product21_C2ReIm_C2ReIm_B <= 37'sh0000000000;
      end
      else begin
        if (enb) begin
          Product21_C2ReIm_C2ReIm_B <= X_20_im;
        end
      end
    end



  assign Product212_mul_temp = Product21_C2ReIm_C2ReIm_B * Constant1_out1_1;
  assign Product21_Im = Product212_mul_temp[36:0];



  always @(posedge clk)
    begin : PipelineRegister27_process
      if (reset_x == 1'b1) begin
        Product21_Im_1 <= 37'sh0000000000;
      end
      else begin
        if (enb) begin
          Product21_Im_1 <= Product21_Im;
        end
      end
    end



  assign Xc_20_im = Product21_Im_1;

  always @(posedge clk)
    begin : HwModeRegister56_process
      if (reset_x == 1'b1) begin
        Product22_C2ReIm_C2ReIm_A <= 37'sh0000000000;
      end
      else begin
        if (enb) begin
          Product22_C2ReIm_C2ReIm_A <= X_21_re;
        end
      end
    end



  assign Product22_mul_temp = Product22_C2ReIm_C2ReIm_A * Constant1_out1_1;
  assign Product22_Re = Product22_mul_temp[36:0];



  always @(posedge clk)
    begin : PipelineRegister28_process
      if (reset_x == 1'b1) begin
        Product22_Re_1 <= 37'sh0000000000;
      end
      else begin
        if (enb) begin
          Product22_Re_1 <= Product22_Re;
        end
      end
    end



  assign Xc_21_re = Product22_Re_1;

  always @(posedge clk)
    begin : HwModeRegister58_process
      if (reset_x == 1'b1) begin
        Product22_C2ReIm_C2ReIm_B <= 37'sh0000000000;
      end
      else begin
        if (enb) begin
          Product22_C2ReIm_C2ReIm_B <= X_21_im;
        end
      end
    end



  assign Product221_mul_temp = Product22_C2ReIm_C2ReIm_B * Constant1_out1_1;
  assign Product22_Im = Product221_mul_temp[36:0];



  always @(posedge clk)
    begin : PipelineRegister29_process
      if (reset_x == 1'b1) begin
        Product22_Im_1 <= 37'sh0000000000;
      end
      else begin
        if (enb) begin
          Product22_Im_1 <= Product22_Im;
        end
      end
    end



  assign Xc_21_im = Product22_Im_1;

  always @(posedge clk)
    begin : HwModeRegister60_process
      if (reset_x == 1'b1) begin
        Product23_C2ReIm_C2ReIm_A <= 37'sh0000000000;
      end
      else begin
        if (enb) begin
          Product23_C2ReIm_C2ReIm_A <= X_22_re;
        end
      end
    end



  assign Product23_mul_temp = Product23_C2ReIm_C2ReIm_A * Constant1_out1_1;
  assign Product23_Re = Product23_mul_temp[36:0];



  always @(posedge clk)
    begin : PipelineRegister30_process
      if (reset_x == 1'b1) begin
        Product23_Re_1 <= 37'sh0000000000;
      end
      else begin
        if (enb) begin
          Product23_Re_1 <= Product23_Re;
        end
      end
    end



  assign Xc_22_re = Product23_Re_1;

  always @(posedge clk)
    begin : HwModeRegister62_process
      if (reset_x == 1'b1) begin
        Product23_C2ReIm_C2ReIm_B <= 37'sh0000000000;
      end
      else begin
        if (enb) begin
          Product23_C2ReIm_C2ReIm_B <= X_22_im;
        end
      end
    end



  assign Product231_mul_temp = Product23_C2ReIm_C2ReIm_B * Constant1_out1_1;
  assign Product23_Im = Product231_mul_temp[36:0];



  always @(posedge clk)
    begin : PipelineRegister31_process
      if (reset_x == 1'b1) begin
        Product23_Im_1 <= 37'sh0000000000;
      end
      else begin
        if (enb) begin
          Product23_Im_1 <= Product23_Im;
        end
      end
    end



  assign Xc_22_im = Product23_Im_1;

  always @(posedge clk)
    begin : HwModeRegister64_process
      if (reset_x == 1'b1) begin
        Product24_C2ReIm_C2ReIm_A <= 37'sh0000000000;
      end
      else begin
        if (enb) begin
          Product24_C2ReIm_C2ReIm_A <= X_23_re;
        end
      end
    end



  assign Product24_mul_temp = Product24_C2ReIm_C2ReIm_A * Constant1_out1_1;
  assign Product24_Re = Product24_mul_temp[36:0];



  always @(posedge clk)
    begin : PipelineRegister32_process
      if (reset_x == 1'b1) begin
        Product24_Re_1 <= 37'sh0000000000;
      end
      else begin
        if (enb) begin
          Product24_Re_1 <= Product24_Re;
        end
      end
    end



  assign Xc_23_re = Product24_Re_1;

  always @(posedge clk)
    begin : HwModeRegister66_process
      if (reset_x == 1'b1) begin
        Product24_C2ReIm_C2ReIm_B <= 37'sh0000000000;
      end
      else begin
        if (enb) begin
          Product24_C2ReIm_C2ReIm_B <= X_23_im;
        end
      end
    end



  assign Product241_mul_temp = Product24_C2ReIm_C2ReIm_B * Constant1_out1_1;
  assign Product24_Im = Product241_mul_temp[36:0];



  always @(posedge clk)
    begin : PipelineRegister33_process
      if (reset_x == 1'b1) begin
        Product24_Im_1 <= 37'sh0000000000;
      end
      else begin
        if (enb) begin
          Product24_Im_1 <= Product24_Im;
        end
      end
    end



  assign Xc_23_im = Product24_Im_1;

  always @(posedge clk)
    begin : HwModeRegister68_process
      if (reset_x == 1'b1) begin
        Product25_C2ReIm_C2ReIm_A <= 37'sh0000000000;
      end
      else begin
        if (enb) begin
          Product25_C2ReIm_C2ReIm_A <= X_24_re;
        end
      end
    end



  assign Product25_mul_temp = Product25_C2ReIm_C2ReIm_A * Constant1_out1_1;
  assign Product25_Re = Product25_mul_temp[36:0];



  always @(posedge clk)
    begin : PipelineRegister34_process
      if (reset_x == 1'b1) begin
        Product25_Re_1 <= 37'sh0000000000;
      end
      else begin
        if (enb) begin
          Product25_Re_1 <= Product25_Re;
        end
      end
    end



  assign Xc_24_re = Product25_Re_1;

  always @(posedge clk)
    begin : HwModeRegister70_process
      if (reset_x == 1'b1) begin
        Product25_C2ReIm_C2ReIm_B <= 37'sh0000000000;
      end
      else begin
        if (enb) begin
          Product25_C2ReIm_C2ReIm_B <= X_24_im;
        end
      end
    end



  assign Product251_mul_temp = Product25_C2ReIm_C2ReIm_B * Constant1_out1_1;
  assign Product25_Im = Product251_mul_temp[36:0];



  always @(posedge clk)
    begin : PipelineRegister35_process
      if (reset_x == 1'b1) begin
        Product25_Im_1 <= 37'sh0000000000;
      end
      else begin
        if (enb) begin
          Product25_Im_1 <= Product25_Im;
        end
      end
    end



  assign Xc_24_im = Product25_Im_1;

  assign Constant2_out1 = 1'b0;



  assign Xc_0_1 = Constant2_out1;

endmodule  // generating_analytical_spectrum